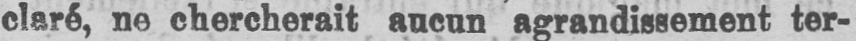
claré, ne chercherait aucun agrandissement ter-